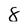
Character: 8